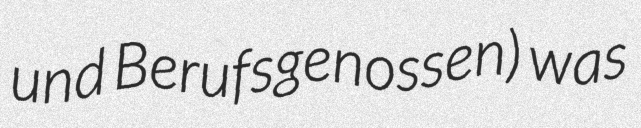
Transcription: und Berufsgenossen) was